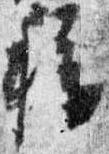
称